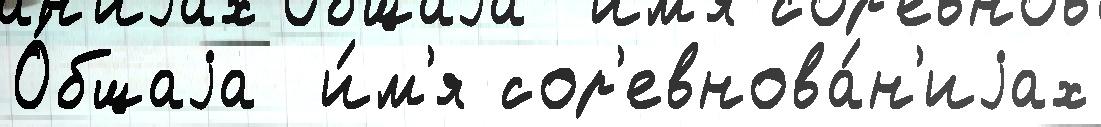
О́бщаjа  и́м'я сор'евнова́н'иjах